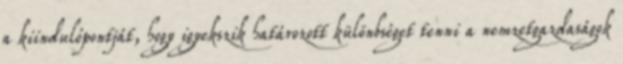
a kiindulópontját, hogy igyekszik határozott különbséget tenni a nemzetgazdaságok